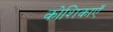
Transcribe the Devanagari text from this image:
कोशिकाऍं